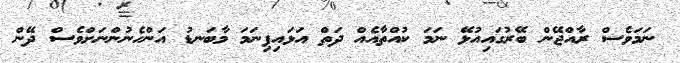
ނަމަވެސް ރާއްޖޭން ބޭރުގައިއުޅޭ ނަމަ ކުއްތާއެއް ދަތް އަޅައިފިނަމަ މާބަނޑު އަންހެނުންނަށްވެސް ދޭން